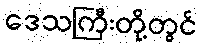
ဒေသကြီးတို့တွင်